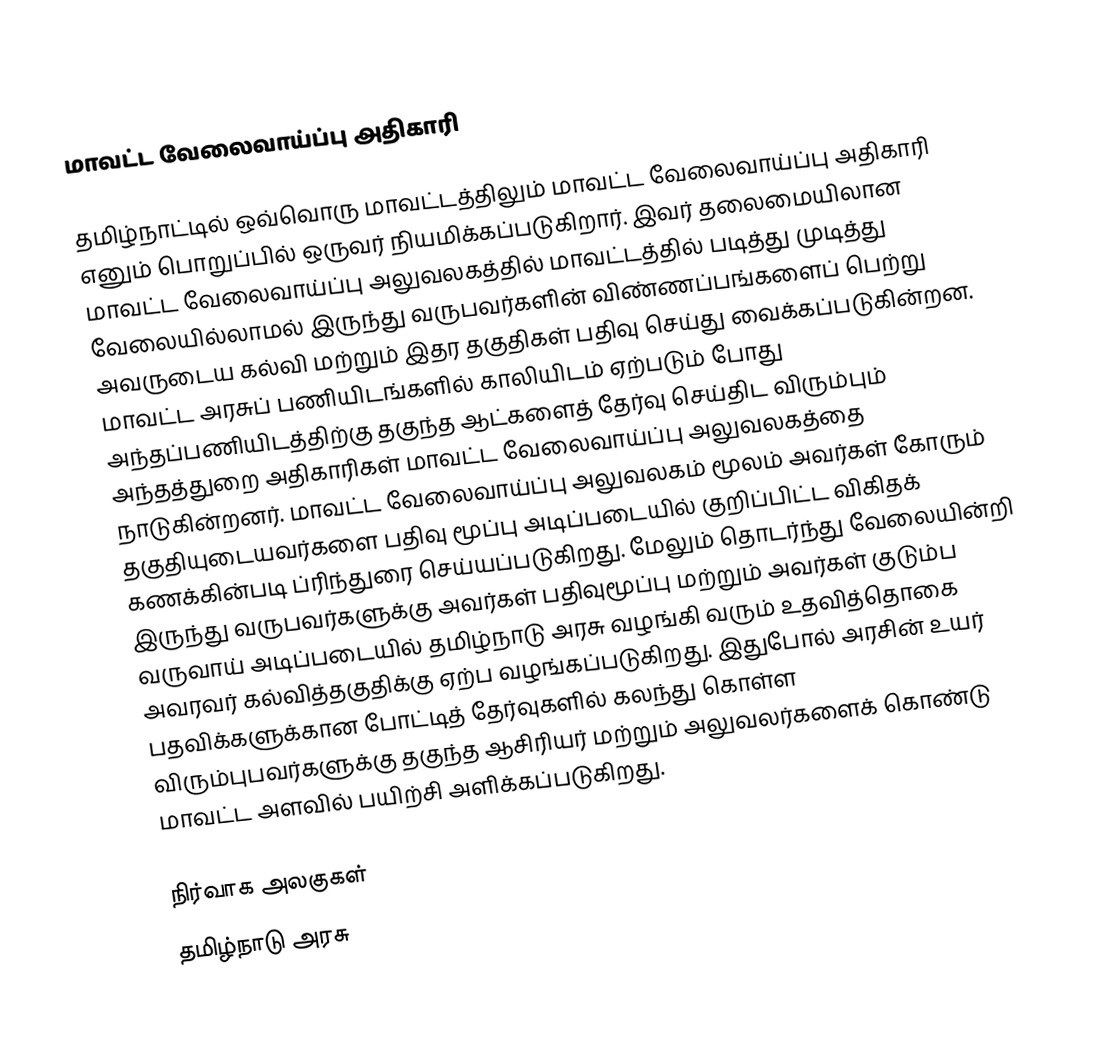
மாவட்ட வேலைவாய்ப்பு அதிகாரி

தமிழ்நாட்டில் ஒவ்வொரு மாவட்டத்திலும் மாவட்ட வேலைவாய்ப்பு அதிகாரி எனும் பொறுப்பில் ஒருவர் நியமிக்கப்படுகிறார். இவர் தலைமையிலான மாவட்ட வேலைவாய்ப்பு அலுவலகத்தில் மாவட்டத்தில் படித்து முடித்து வேலையில்லாமல் இருந்து வருபவர்களின் விண்ணப்பங்களைப் பெற்று அவருடைய கல்வி மற்றும் இதர தகுதிகள் பதிவு செய்து வைக்கப்படுகின்றன. மாவட்ட அரசுப் பணியிடங்களில் காலியிடம் ஏற்படும் போது அந்தப்பணியிடத்திற்கு தகுந்த ஆட்களைத் தேர்வு செய்திட விரும்பும் அந்தத்துறை அதிகாரிகள் மாவட்ட வேலைவாய்ப்பு அலுவலகத்தை நாடுகின்றனர். மாவட்ட வேலைவாய்ப்பு அலுவலகம் மூலம் அவர்கள் கோரும் தகுதியுடையவர்களை பதிவு மூப்பு அடிப்படையில் குறிப்பிட்ட விகிதக் கணக்கின்படி ப்ரிந்துரை செய்யப்படுகிறது. மேலும் தொடர்ந்து வேலையின்றி இருந்து வருபவர்களுக்கு அவர்கள் பதிவுமூப்பு மற்றும் அவர்கள் குடும்ப வருவாய் அடிப்படையில் தமிழ்நாடு அரசு வழங்கி வரும் உதவித்தொகை அவரவர் கல்வித்தகுதிக்கு ஏற்ப வழங்கப்படுகிறது. இதுபோல் அரசின் உயர் பதவிக்களுக்கான போட்டித் தேர்வுகளில் கலந்து கொள்ள விரும்புபவர்களுக்கு தகுந்த ஆசிரியர் மற்றும் அலுவலர்களைக் கொண்டு மாவட்ட அளவில் பயிற்சி அளிக்கப்படுகிறது.

நிர்வாக அலகுகள்
தமிழ்நாடு அரசு